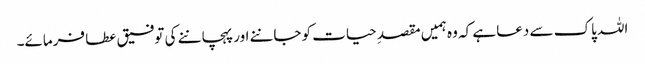
اللہ پاک سے دعا ہے کہ وہ ہمیں مقصدِ حیات کو جاننے اور پہچاننے کی توفیق عطا فرمائے۔